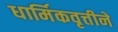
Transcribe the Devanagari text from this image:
धार्मिकवृत्तीने